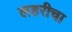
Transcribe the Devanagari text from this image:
लहरीचा